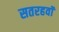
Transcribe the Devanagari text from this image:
सतरहवॉं